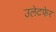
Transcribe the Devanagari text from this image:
उलेटफेर